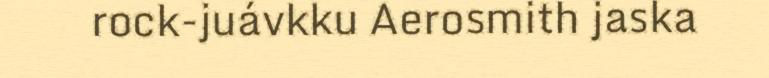
rock-juávkku Aerosmith jaska